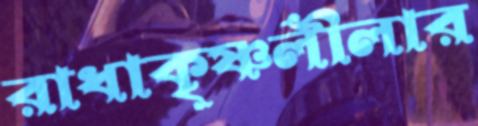
রাধাকৃষ্ণলীলার